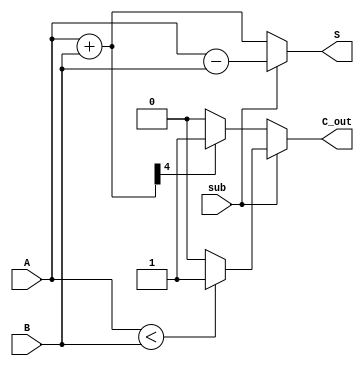
// Code your design here
module add_sub_4bit(
    input [3:0] A,
    input [3:0] B,
    input sub,    
    output reg[4:0] S,
    output reg C_out 
);

    always @(*) begin
        if (sub) begin
            S = A - B;
            C_out = (A < B) ? 1 : 0; 
        end
        else begin
            S = A + B;
            C_out = (S[4] == 1) ? 1 : 0;
        end
    end

endmodule